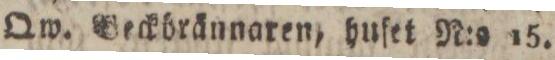
Qw. Beckbrännaren, huſet N:o 15.